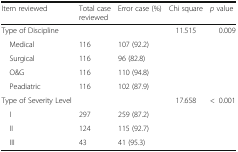
<table><thead><tr><td><b>Item reviewed</b></td><td><b>Total case reviewed</b></td><td><b>Error case (%)</b></td><td><b>Chi square</b></td><td><b><i>p</i> value</b></td></tr></thead><tbody><tr><td>Type of Discipline</td><td></td><td></td><td>11.515</td><td>0.009</td></tr><tr><td> Medical</td><td>116</td><td>107 (92.2)</td><td></td><td></td></tr><tr><td> Surgical</td><td>116</td><td>96 (82.8)</td><td></td><td></td></tr><tr><td> O&amp;G</td><td>116</td><td>110 (94.8)</td><td></td><td></td></tr><tr><td> Peadiatric</td><td>116</td><td>102 (87.9)</td><td></td><td></td></tr><tr><td>Type of Severity Level</td><td></td><td></td><td>17.658</td><td>&lt;0.001</td></tr><tr><td> I</td><td>297</td><td>259 (87.2)</td><td></td><td></td></tr><tr><td> II</td><td>124</td><td>115 (92.7)</td><td></td><td></td></tr><tr><td> III</td><td>43</td><td>41 (95.3)</td><td></td><td></td></tr></tbody></table>